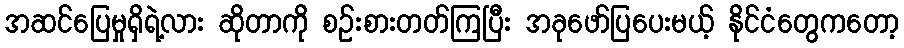
အဆင်ပြေမှုရှိရဲ့လား ဆိုတာကို စဉ်းစားတတ်ကြပြီး အခုဖော်ပြပေးမယ့် နိုင်ငံတွေကတော့